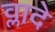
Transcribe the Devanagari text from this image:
व्लादे